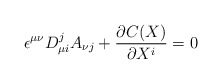
\begin{align*}\epsilon^{\mu\nu}D_{\mu i}^{j}A_{\nu j}+\frac{\partial C(X)}{\partial X^{i}}=0\end{align*}